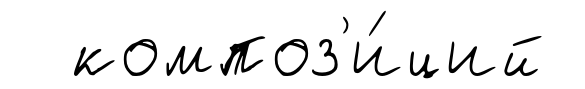
композ'и́ций